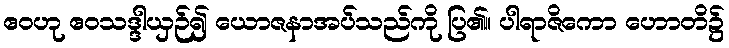
ဧဝဟု ဧဝသဒ္ဒါယှဉ်၍ ယောဇနာအပ်သည်ကို ပြ၏။ ပါရာဇိကော ဟောတိ၌